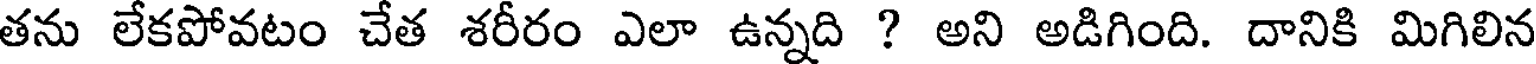
తను లేకపోవటం చేత శరీరం ఎలా ఉన్నది ? అని అడిగింది. దానికి మిగిలిన